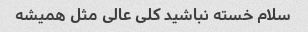
سلام خسته نباشید کلی عالی مثل همیشه